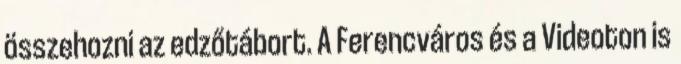
összehozni az edzőtábort. A Ferencváros és a Videoton is